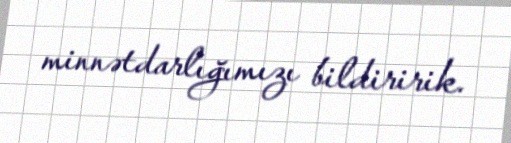
minnətdarlığımızı bildiririk.